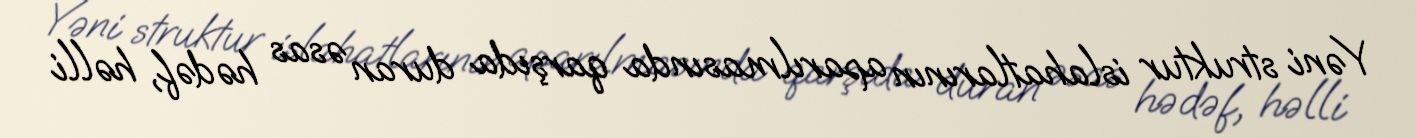
Yəni struktur islahatlarının aparılmasında qarşıda duran əsas hədəf, həlli